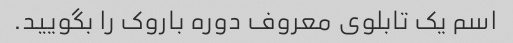
اسم یک تابلوی معروف دوره باروک را بگویید.